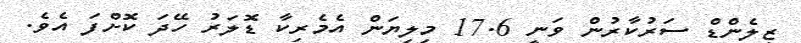
ޒިލެންޑް ސަރުކާރުން ވަނީ 17.6 މިލިޔަން އެމެރިކާ ޑޮލަރު ހޭދަ ކޮށްފަ އެވެ.